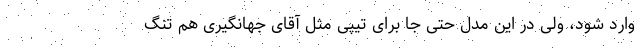
وارد شود، ولی در این مدل حتی جا برای تیپی مثل آقای جهانگیری هم تنگ